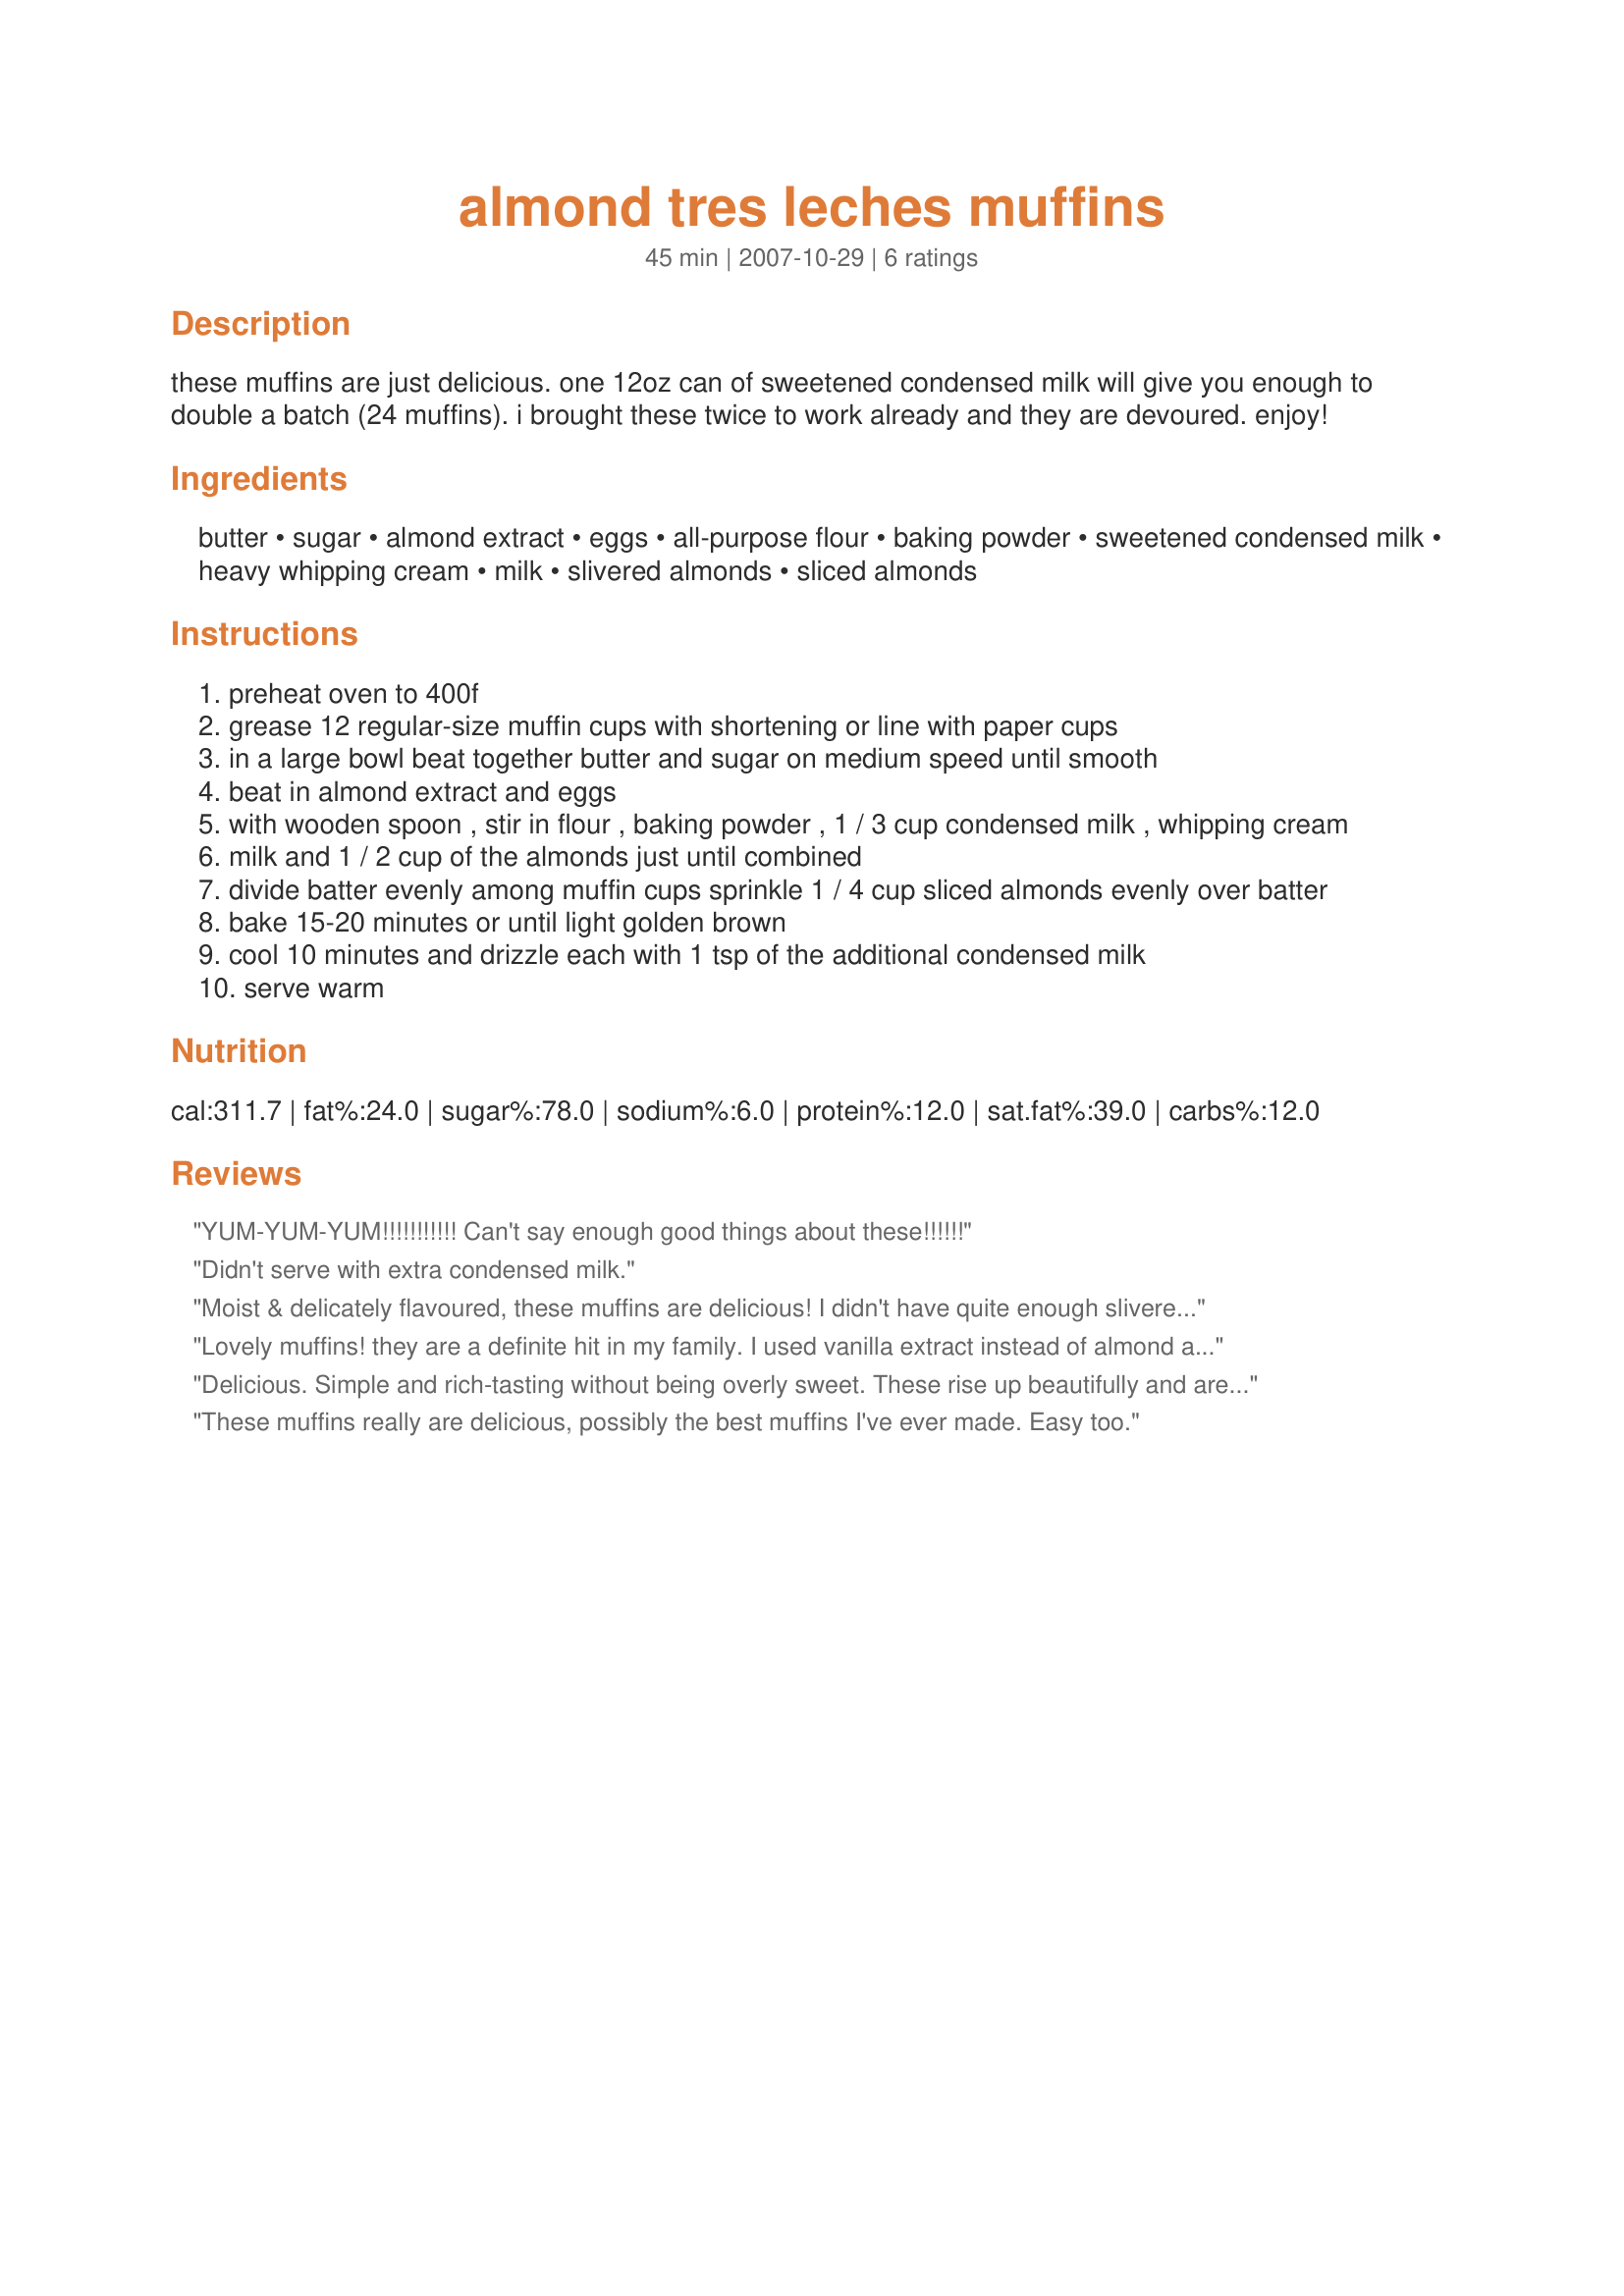
almond tres leches muffins
Preparation time: 45 minutes

these muffins are just delicious. one 12oz can of sweetened condensed milk will give you enough to double a batch (24 muffins). i brought these twice to work already and they are devoured. enjoy!

Ingredients:
butter, sugar, almond extract, eggs, all-purpose flour, baking powder, sweetened condensed milk, heavy whipping cream, milk, slivered almonds, sliced almonds

Steps:
preheat oven to 400f
grease 12 regular-size muffin cups with shortening or line with paper cups
in a large bowl beat together butter and sugar on medium speed until smooth
beat in almond extract and eggs
with wooden spoon , stir in flour , baking powder , 1 / 3 cup condensed milk , whipping cream
milk and 1 / 2 cup of the almonds just until combined
divide batter evenly among muffin cups sprinkle 1 / 4 cup sliced almonds evenly over batter
bake 15-20 minutes or until light golden brown
cool 10 minutes and drizzle each with 1 tsp of the additional condensed milk
serve warm

Reviews:
YUM-YUM-YUM!!!!!!!!!!! Can't say enough good things about these!!!!!!
Didn't serve with extra condensed milk.
Moist & delicately flavoured, these muffins are delicious! I didn't have quite enough slivered almonds so used ground almonds instead of a 1/4 cup flour and it worked well. Thanks!
Lovely muffins! they are a definite hit in my family. I used vanilla extract instead of almond and they turned out great.
Delicious. Simple and rich-tasting without being overly sweet. These rise up beautifully and are very attractive. Thanks for posting!
These muffins really are delicious, possibly the best muffins I've ever made. Easy too.
